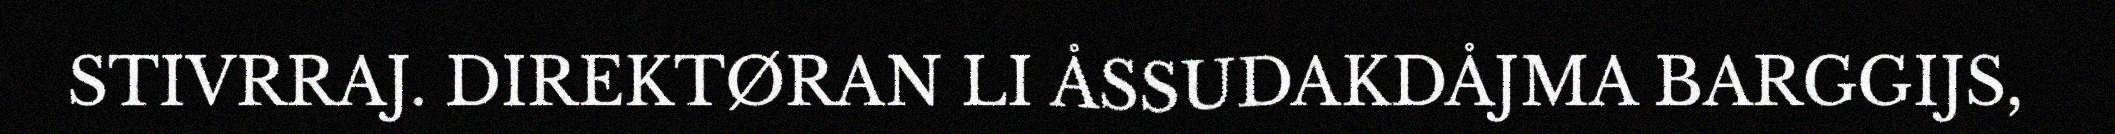
STIVRRAJ. DIREKTØRAN LI ÅSSUDAKDÅJMA BARGGIJS,